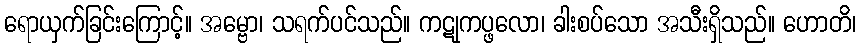
ရောယှက်ခြင်းကြောင့်။ အမ္ဗော၊ သရက်ပင်သည်။ ကဋုကပ္ဖလော၊ ခါးစပ်သော အသီးရှိသည်။ ဟောတိ၊